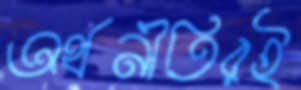
অর্থনীতিরই